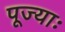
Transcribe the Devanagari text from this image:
पूज्याः